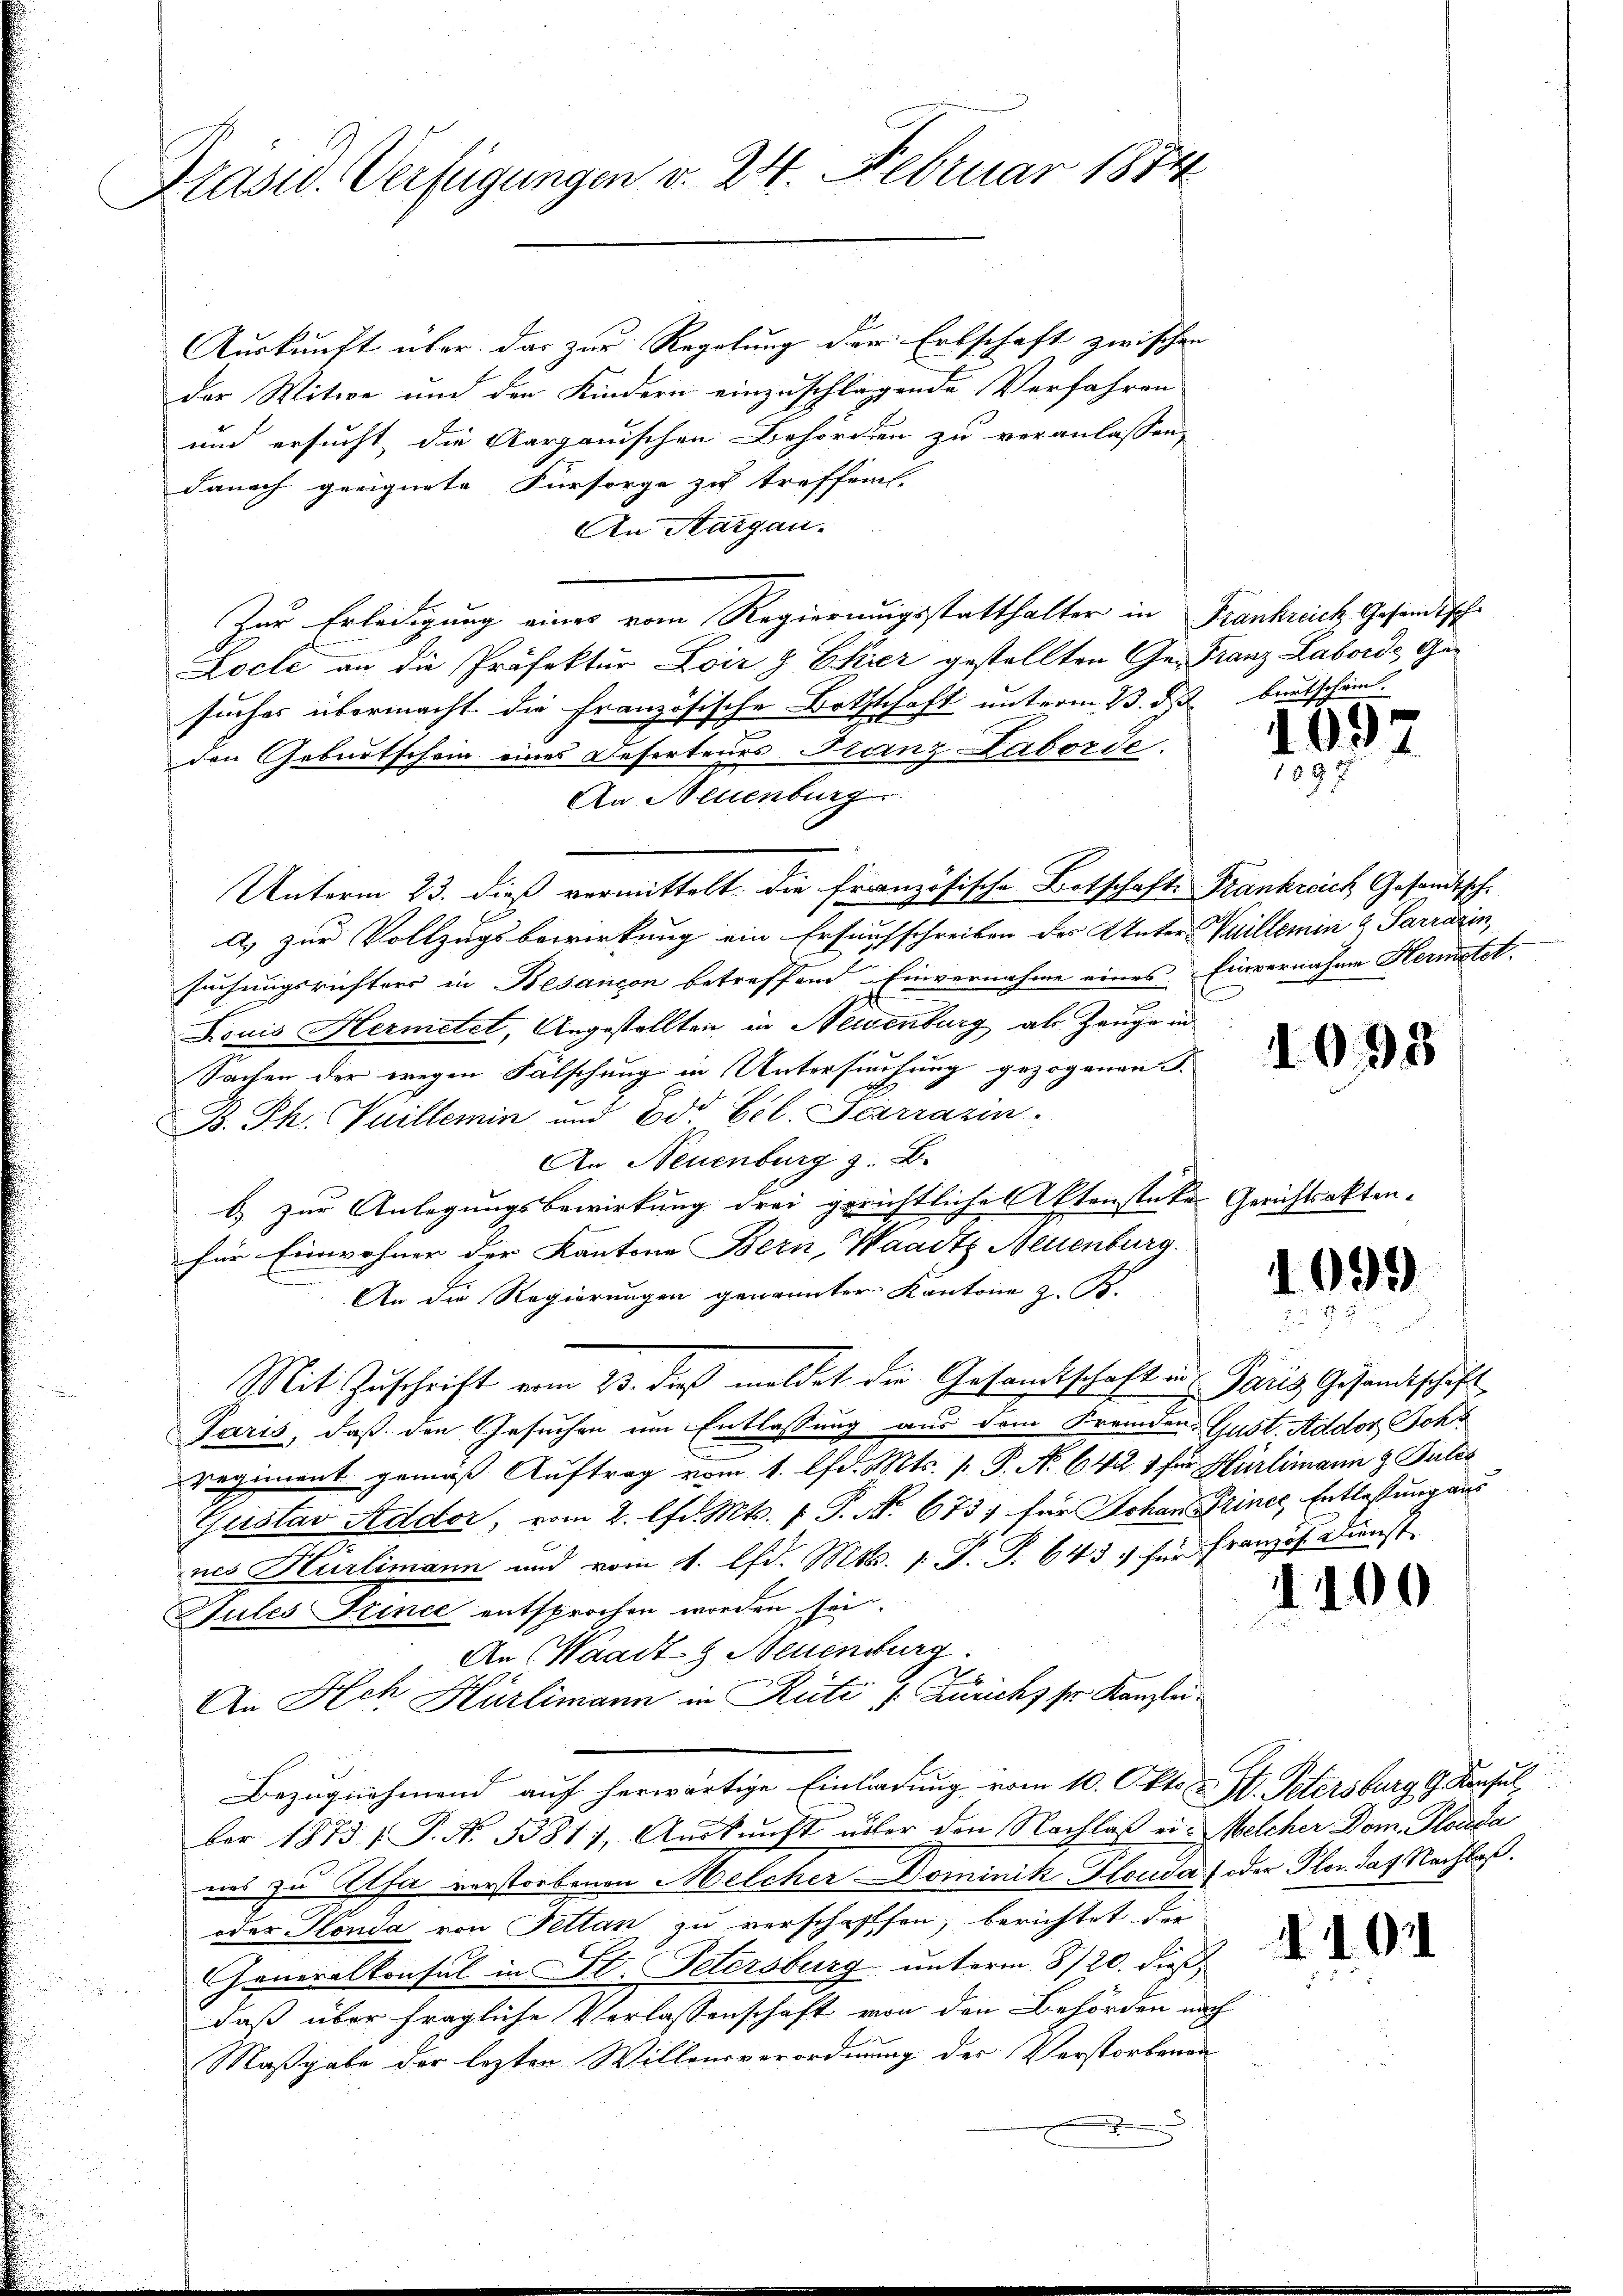
Krasiv. Verfügungen v. 24. Februar 1874

Auskunft über das zur Regelung der Erbschaft zwischen
der Witwe und den Kindern einzuschlagende Verfahren
und ersucht die Aargauischen Behörden zu veranlassen,
Danach geeignete Fürsorge zu treffen.
An Aargau.
Zur Erledigung einer vom Regierungsstatthalter in Frankreich Gesandtsch¬
Locle an die Präfektur Loiz & Ekier gestellten Ge- Franz Laborde, Gesuches übermacht die Französische Botschaft unterm 23. d. beutschein.
den Geburtschein eines Deserteurs Franz Laborde.
An Neuenburg
Unterm 23. dieß vermittelt. Die Französische Botschaft Frankreich Gesandtsch-
a) zur Vollzugsbewirkung ein Ersuchschreiben des Unter-Villerin & Sarrarin
suchungsrichters in Besançon betreffend Einvernahme eines Einvernahme Hermstet.
u
Louis Hermetet, Angestellten in Neuenburg als Zeuge in
Sachen der wegen Fälschung in Untersuchung gezogenen
B. Ph. Vuillemin und 2do Eel. Scarrazin.
An Neuenburg z. B.
b) zur Anlegungsbewirkung drei gerichtliche Aktenstates Gerichtsakten.
für Einwohner der Kantone Bern, Waadt Neuenburg.
An die Regierungen genannter Kantone z. B.
Mit Zuschrift vom 23. dieß meldet die Gesandtschaft in Paris Gesandtschäft
Paris, daß den Gesuchen um Entlassung aus dem Fremden Gust. Addor Schr
regiment gemäß Auftrag vom 1. d. Mts. [ P. Nr. 642. 1 für Hürlimann & Tules
Gustav Addor, vom 2. lfd. Mts. 1. P. Nr. 673 für Johan Priner Entlastung aus
nes Hürlimann und vom 4. d. Mts. 1. P. T. 643 für Französ. Dienst
Sules Prince entsprochen worden sei.
An Waadt, Neuenburg.
An Ach Hürlimann in Rüti /: Zürichs sr. Kanzlei
Bezugnahmend auf herwärtige Einladung vom 10. Okto v. H. Petersburg G. Konsul
ber 1873 f. P. No 1381), Aŭskŭnft über den Nachlaß ein Melcher Dom. Plauda
nes zu Alfa verstorbenen Melcher Dominik Plouda) oder Plan das Nachlaß.
oder Stonda von Pettan zu verschafften, berichtet der
Generalkonsul in St. Petersburg unterm 8720. dieß
daß über fragliche Verlassenschaft von den Behörden nach
Maßgabe der lezten Willensverordnung des Verstorbenan
.

1097
1 S. 8

1099

1100